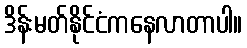
ဒိန်းမတ်နိုင်ငံကနေလာတာပါ။